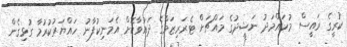
ކުރީގެ ރައީސް މުހައްމަދު ނަޝީދުގެ މައްޗަށް ޓެރަރިޒަމްގެ ދައުވާކޮށް އެމަނިކުފާނު ހައްޔަރުކުރުމާ ގުޅިގެން